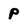
Character: P